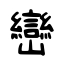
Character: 巒